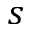
s